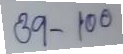
39 - 100